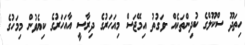
ހިތަދޫ ސްކޫލްގެ ކުދިންތަކެއް -ވަގުތު އިމޭޖަސް މިއަހަރުގެ ދިރާސީ އާއަހަރުގެ ކިޔެވުން މިމަހުގެ